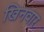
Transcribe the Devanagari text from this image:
खिनवार